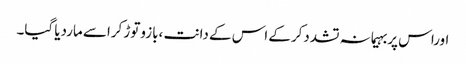
اوراس پربہیمانہ تشددکرکے اس کے دانت ،بازوتوڑ کراسے ماردیا گیا۔